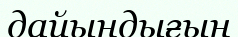
дайындығын